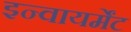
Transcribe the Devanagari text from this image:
इन्वायर्मेंट